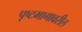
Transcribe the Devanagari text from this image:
पृष्टभागावरील